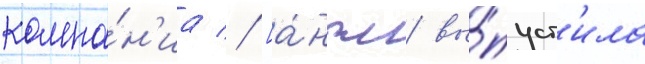
компа́н'иа // [а́нгл. вы́пуст'ила